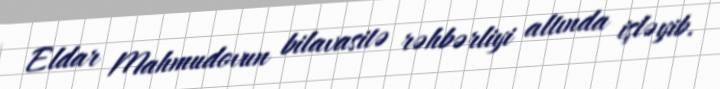
Eldar Mahmudovun bilavasitə rəhbərliyi altında işləyib.